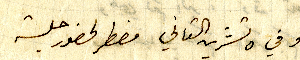
وفي ٥ تشرين التاني مضطر لحضور جلسة